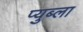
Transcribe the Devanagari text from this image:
प्युब्ला